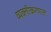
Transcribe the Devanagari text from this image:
व्यक्तीकरणात